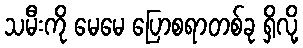
သမီးကို မေမေ ပြောစရာတစ်ခု ရှိလို့